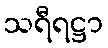
သရီရဋ္ဌာ